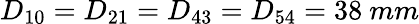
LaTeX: D_{10}=D_{21}=D_{43}=D_{54}=38~mm